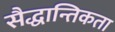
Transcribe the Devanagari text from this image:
सैद्धान्तिकता